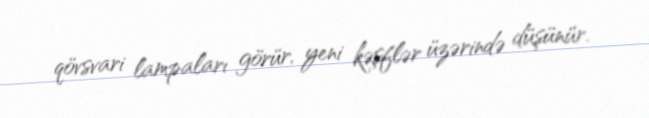
qövsvari lampaları görür, yeni kəşflər üzərində düşünür.